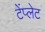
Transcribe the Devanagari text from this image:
टेंप्लेट